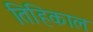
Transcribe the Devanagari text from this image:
तिहिकाल